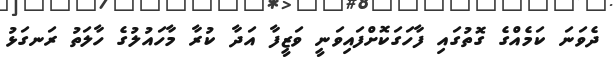
ދެވަނަ ކަމެއްގެ ގޮތުގައި ފާހަގަކޮށްފައިވަނީ ވަޒީފާ އަދާ ކުރާ މާހައުލުގެ ހާލަތު ރަނގަޅު